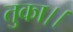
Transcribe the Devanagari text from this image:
तुका।।